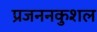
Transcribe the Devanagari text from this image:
प्रजननकुशल